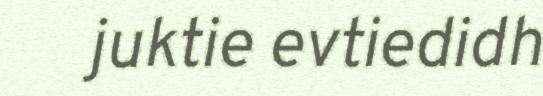
juktie evtiedidh